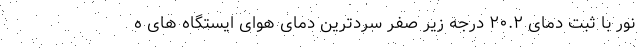
نور با ثبت دمای ۲۰.۲ درجه زیر صفر سردترین دمای هوای ایستگاه های ه